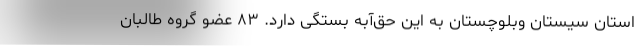
استان سیستان وبلوچستان به این حق‌آبه بستگی دارد. ۸۳ عضو گروه طالبان